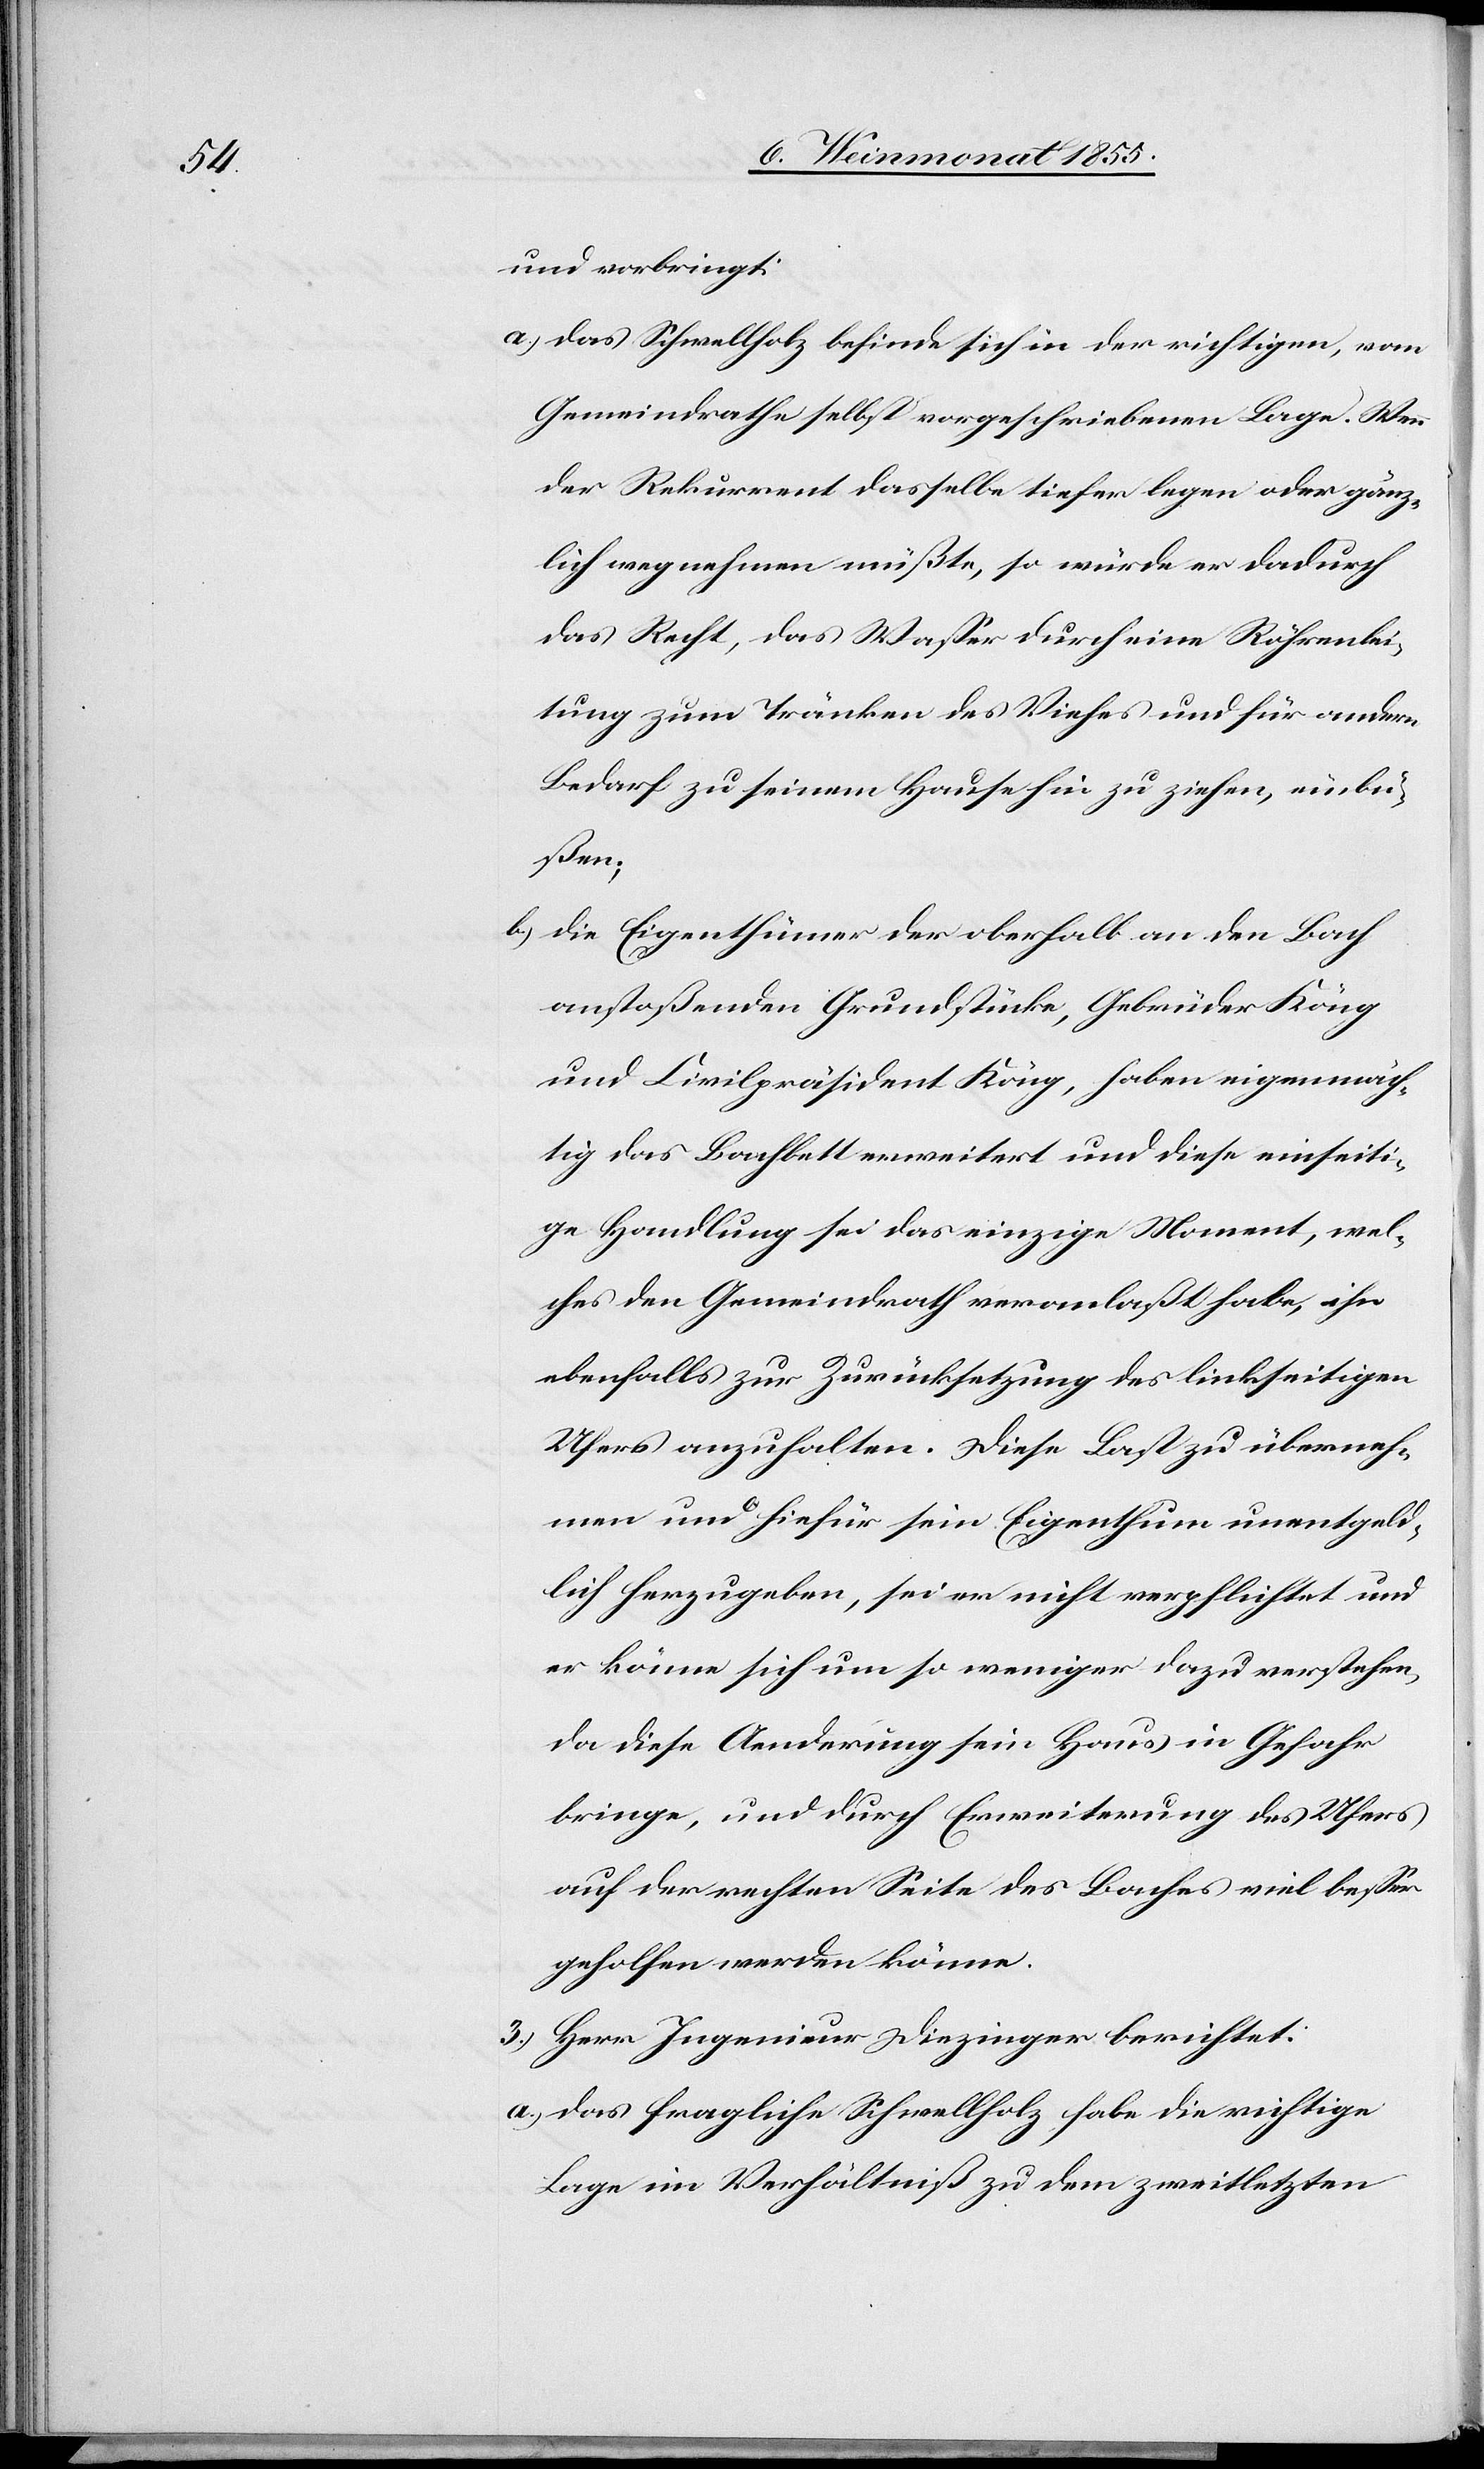
und vorbringt:
Das Schwellholz befinde sich in der richtigen, vom
Gemeindrathe selbst vorgeschriebenen Lage. Wenn
der Rekurrent dasselbe tiefer legen oder gänz¬
lich wegnehmen müßte, so würde er dadurch
das Recht, das Wasser durch eine Röhrenlei¬
tung zum Tränken des Viehes und für andern
Bedarf zu seinem Hause hin zu ziehen, einbü¬
ßen;
Die Eigenthümer der oberhalb an den Bach
anstoßenden Grundstücke, Gebrüder Köng
und Civilpräsident Köng, haben eigenmäch¬
tig das Bachbett erweitert und diese einseiti¬
ge Handlung sei das einzige Moment, wel¬
ches den Gemeindrath veranlaßt habe, ihn
ebenfalls zur Zurücksetzung des linkseitigen
Ufers anzuhalten. Diese Last zu überneh¬
men und hiefür sein Eigenthum unentgeld¬
lich herzugeben, sei er nicht verpflichtet und
er könne sich um so weniger dazu verstehen,
da diese Aenderung sein Haus in Gefahr
bringe, und durch Erweiterung des Ufers
auf der rechten Seite des Baches viel besser
geholfen werden könne.
3.) Herr Ingenieur Diezinger berichtet:
Das fragliche Schwellholz habe die richtige
Lage im Verhältniß zu dem zweitletzten